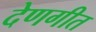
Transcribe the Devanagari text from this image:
देणगीत